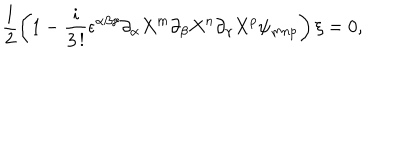
LaTeX: \frac { 1 } { 2 } \left( 1 - \frac { i } { 3 \, ! } \epsilon ^ { \alpha \beta \gamma } \partial _ { \alpha } X ^ { m } \partial _ { \beta } X ^ { n } \partial _ { \gamma } X ^ { p } \psi _ { m n p } \right) \xi = 0 ,